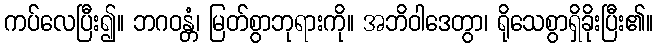
ကပ်လေပြီး၍။ ဘဂဝန္တံ၊ မြတ်စွာဘုရားကို။ အဘိဝါဒေတွာ၊ ရိုသေစွာရှိခိုးပြီး၏။